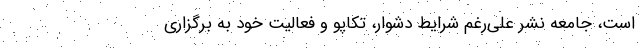
است، جامعه نشر علی‌رغم شرایط دشوار، تکاپو و فعالیت خود به برگزاری